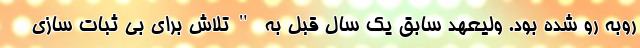
روبه رو شده بود. ولیعهد سابق یک سال قبل به "تلاش برای بی ثبات سازی